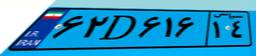
۵۵D۲۹۳۵۴